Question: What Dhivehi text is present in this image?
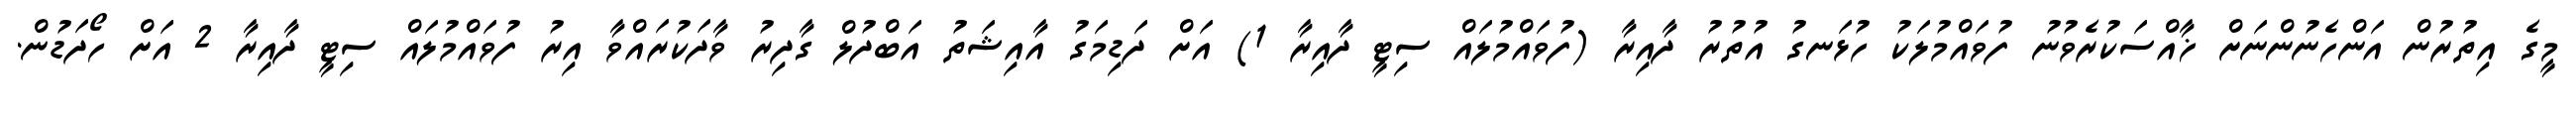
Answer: މީގެ އިތުރުން އަންހެނުންނަށް ޚާއްސަކުރެވުނު ފުވައްމުލަކު ހުޅަނގު އުތުރު ދާއިރާ (ފުވައްމުލައް ސިޓީ ދާއިރާ 1) އަށް ދަޑިމަގު އާއިޝަތު އަބްދުލް ގާދިރު ވާދަކުރައްވާ އިރު ފުވައްމުލައް ސިޓީ ދާއިރާ 2 އަށް ހޯދަޑުން.